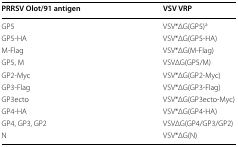
| PRRSV Olot/91 antigen | VSV VRP |
 | --- | --- |
 | GP5 | VSV*ΔG(GP5)a |
 | GP5-HA | VSV*ΔG(GP5-HA) |
 | M-Flag | VSV*ΔG(M-Flag) |
 | GP5, M | VSVΔG(GP5/M) |
 | GP2-Myc | VSV*ΔG(GP2-Myc) |
 | GP3-Flag | VSV*ΔG(GP3-Flag) |
 | GP3ecto | VSV*ΔG(GP3ecto-Myc) |
 | GP4-HA | VSV*ΔG(GP4-HA) |
 | GP4, GP3, GP2 | VSVΔG(GP4/GP3/GP2) |
 | N | VSV*ΔG(N) |